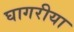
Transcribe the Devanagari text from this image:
घागरीया